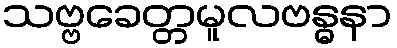
သဗ္ဗခေတ္တမူလဗန္ဓနာ